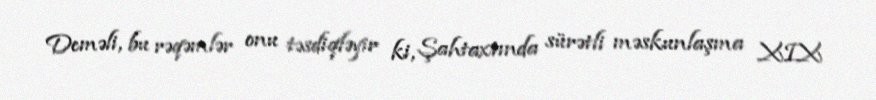
Deməli, bu rəqəmlər onu təsdiqləyir ki, Şahtaxtında sürətli məskunlaşma XIX